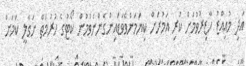
އަދި މުއިއްޒު ހާޒިރުވުމަށް ކުރި އަމުރަށް ކިޔަމަންވެވަޑައިނުގެންނެވުމުން ކޯޓުގެ ހުރުމަތް ނަގާލީ ކަމަށް